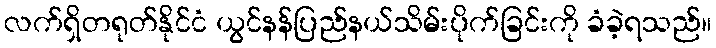
လက်ရှိတရုတ်နိုင်ငံ ယွင်နန်ပြည်နယ်သိမ်းပိုက်ခြင်းကို ခံခဲ့ရသည်။